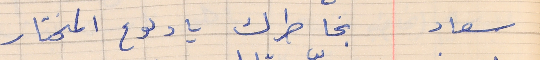
سعاد       بخاطرك يا دلوع المختار